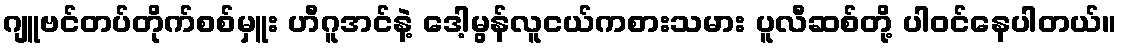
ဂျူဗင်တပ်တိုက်စစ်မှူး ဟီဂူအင်နဲ့ ဒေါ့မွန်လူငယ်ကစားသမား ပူလီဆစ်တို့ ပါဝင်နေပါတယ်။